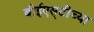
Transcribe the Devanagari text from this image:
बीईएस्‌टीच्या